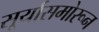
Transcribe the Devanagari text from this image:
सू्र्यासमोरून